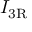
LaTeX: \, I _ { \mathrm { { 3 R } } }